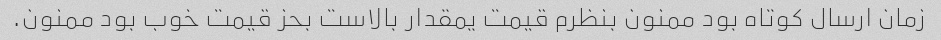
زمان ارسال کوتاه بود ممنون بنظرم قیمت یمقدار بالاست بحز قیمت خوب بود ممنون.